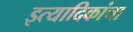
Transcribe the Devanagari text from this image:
इत्यादिकांचा